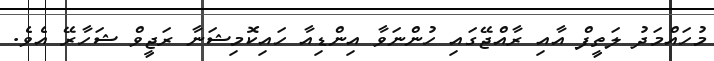
މުހައްމަދު ލަތީފް އާއި ރާއްޖޭގައި ހުންނަވާ އިންޑިއާ ހައިކޮމިޝަނާ ރަޖީވް ޝަހާރޭ އެވެ.